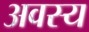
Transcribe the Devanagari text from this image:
अवस्य